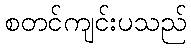
စတင်ကျင်းပသည်